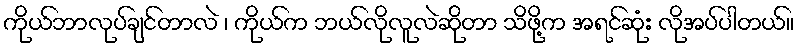
ကိုယ်ဘာလုပ်ချင်တာလဲ ၊ ကိုယ်က ဘယ်လိုလူလဲဆိုတာ သိဖို့က အရင်ဆုံး လိုအပ်ပါတယ်။